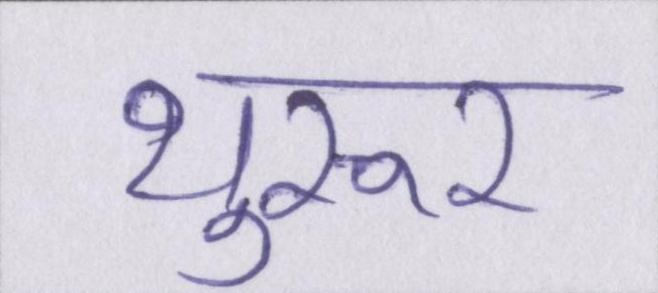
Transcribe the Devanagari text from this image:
थुरूर